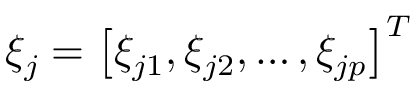
\xi _ { j } = \left[ \xi _ { j 1 } , \xi _ { j 2 } , \ldots , \xi _ { j p } \right] ^ { T }